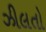
ઝીલતો